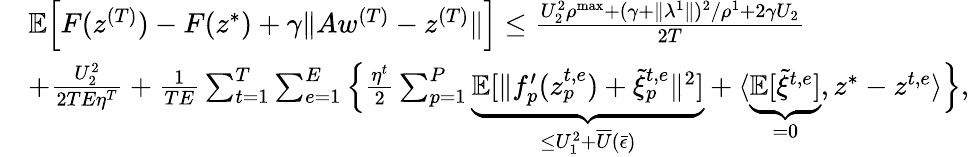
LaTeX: \begin{array}{rl}&{\mathbb{E}\Big[F(z^{(T)})-F(z^{*})+\gamma\| Aw^{(T)}-z^{(T)}\| \Big]\leq\frac{U_{2}^{2}\rho^{\mathrm{max}}+(\gamma+\| \lambda^{1}\| )^{2}/\rho^{1}+2\gamma U_{2}}{2T}}\\ &{+\frac{U_{2}^{2}}{2TE\eta^{T}}+\frac{1}{TE}\sum_{t=1}^{T}\sum_{e=1}^{E}\Big\{ \frac{\eta^{t}}{2}\sum_{p=1}^{P}\underbrace{\mathbb{E}[\| f_{p}^{\prime}(z_{p}^{t,e})+\tilde{\xi}_{p}^{t,e}\| ^{2}]}_{\leq U_{1}^{2}+\overline{{U}}(\bar{\epsilon})}+\langle\underbrace{\mathbb{E}[\tilde{\xi}^{t,e}]}_{=0},z^{*}-z^{t,e}\rangle\Big\} ,}\end{array}